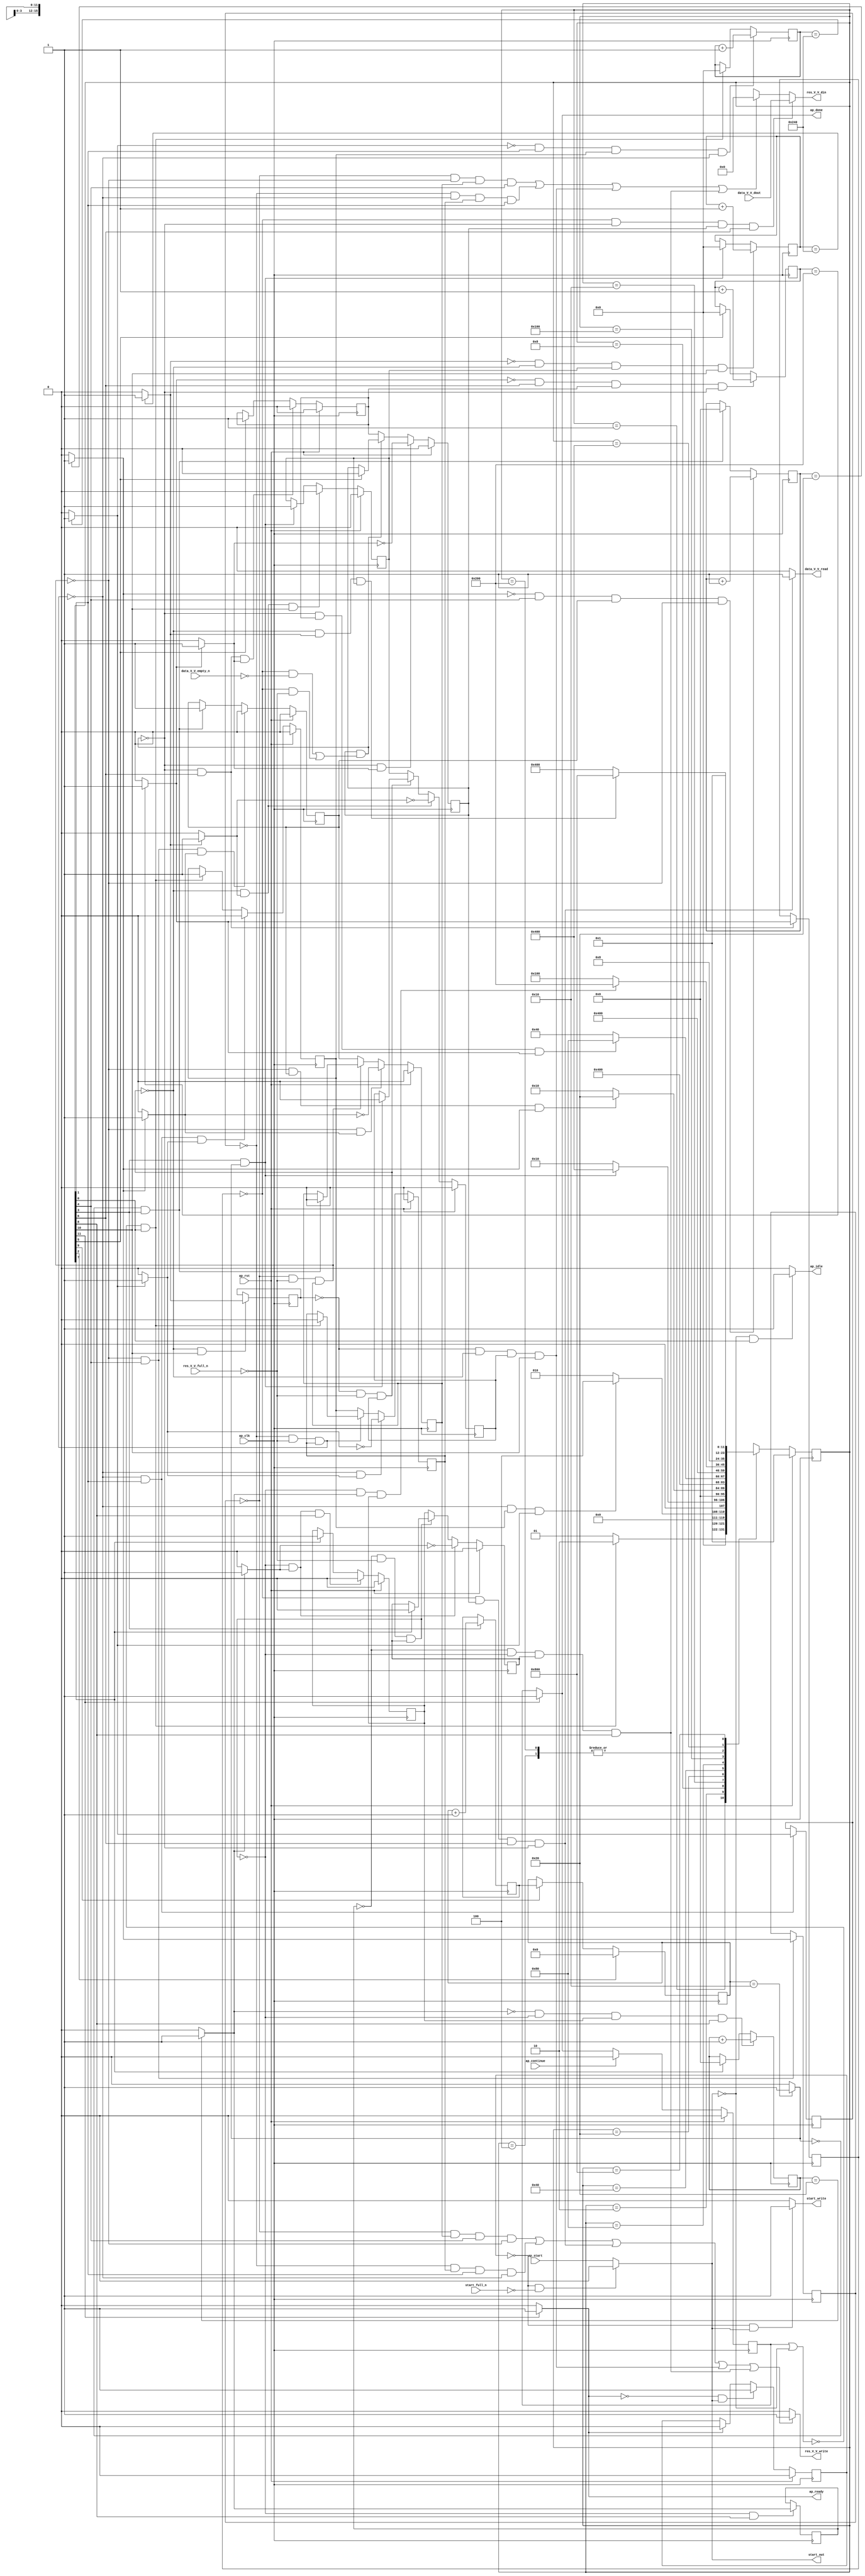
// ==============================================================
// RTL generated by Vivado(TM) HLS - High-Level Synthesis from C, C++ and OpenCL
// Version: 2019.2
// Copyright (C) 1986-2019 Xilinx, Inc. All Rights Reserved.
// 
// ===========================================================

`timescale 1 ns / 1 ps 

module zeropad2d_cl_ss_ap_fixed_ap_fixed_config22_s (
        ap_clk,
        ap_rst,
        ap_start,
        start_full_n,
        ap_done,
        ap_continue,
        ap_idle,
        ap_ready,
        start_out,
        start_write,
        data_V_V_dout,
        data_V_V_empty_n,
        data_V_V_read,
        res_V_V_din,
        res_V_V_full_n,
        res_V_V_write
);

parameter    ap_ST_fsm_state1 = 12'd1;
parameter    ap_ST_fsm_pp0_stage0 = 12'd2;
parameter    ap_ST_fsm_state4 = 12'd4;
parameter    ap_ST_fsm_state5 = 12'd8;
parameter    ap_ST_fsm_pp1_stage0 = 12'd16;
parameter    ap_ST_fsm_state8 = 12'd32;
parameter    ap_ST_fsm_pp2_stage0 = 12'd64;
parameter    ap_ST_fsm_state11 = 12'd128;
parameter    ap_ST_fsm_pp3_stage0 = 12'd256;
parameter    ap_ST_fsm_state14 = 12'd512;
parameter    ap_ST_fsm_pp4_stage0 = 12'd1024;
parameter    ap_ST_fsm_state17 = 12'd2048;

input   ap_clk;
input   ap_rst;
input   ap_start;
input   start_full_n;
output   ap_done;
input   ap_continue;
output   ap_idle;
output   ap_ready;
output   start_out;
output   start_write;
input  [15:0] data_V_V_dout;
input   data_V_V_empty_n;
output   data_V_V_read;
output  [15:0] res_V_V_din;
input   res_V_V_full_n;
output   res_V_V_write;

reg ap_done;
reg ap_idle;
reg start_write;
reg data_V_V_read;
reg[15:0] res_V_V_din;
reg res_V_V_write;

reg    real_start;
reg    start_once_reg;
reg    ap_done_reg;
(* fsm_encoding = "none" *) reg   [11:0] ap_CS_fsm;
wire    ap_CS_fsm_state1;
reg    internal_ap_ready;
reg    data_V_V_blk_n;
wire    ap_CS_fsm_pp2_stage0;
reg    ap_enable_reg_pp2_iter1;
wire    ap_block_pp2_stage0;
reg   [0:0] icmp_ln121_reg_288;
reg    res_V_V_blk_n;
wire    ap_CS_fsm_pp0_stage0;
reg    ap_enable_reg_pp0_iter1;
wire    ap_block_pp0_stage0;
reg   [0:0] icmp_ln112_reg_261;
wire    ap_CS_fsm_pp1_stage0;
reg    ap_enable_reg_pp1_iter1;
wire    ap_block_pp1_stage0;
reg   [0:0] icmp_ln24_reg_279;
wire    ap_CS_fsm_pp3_stage0;
reg    ap_enable_reg_pp3_iter1;
wire    ap_block_pp3_stage0;
reg   [0:0] icmp_ln24_2_reg_297;
wire    ap_CS_fsm_pp4_stage0;
reg    ap_enable_reg_pp4_iter1;
wire    ap_block_pp4_stage0;
reg   [0:0] icmp_ln130_reg_306;
reg   [9:0] indvar_flatten_reg_123;
reg   [5:0] c_0_i28_reg_145;
reg   [9:0] indvar_flatten11_reg_156;
reg   [5:0] c_0_i22_reg_167;
reg   [9:0] indvar_flatten23_reg_178;
wire   [0:0] icmp_ln112_fu_189_p2;
wire    ap_block_state2_pp0_stage0_iter0;
reg    ap_block_state3_pp0_stage0_iter1;
reg    ap_block_pp0_stage0_11001;
wire   [9:0] add_ln112_fu_195_p2;
reg    ap_enable_reg_pp0_iter0;
wire   [0:0] icmp_ln117_fu_201_p2;
wire    ap_CS_fsm_state5;
wire   [4:0] i_fu_207_p2;
reg   [4:0] i_reg_274;
wire   [0:0] icmp_ln24_fu_213_p2;
wire    ap_block_state6_pp1_stage0_iter0;
reg    ap_block_state7_pp1_stage0_iter1;
reg    ap_block_pp1_stage0_11001;
wire   [5:0] c_fu_219_p2;
reg    ap_enable_reg_pp1_iter0;
wire   [0:0] icmp_ln121_fu_225_p2;
wire    ap_block_state9_pp2_stage0_iter0;
reg    ap_block_state10_pp2_stage0_iter1;
reg    ap_block_pp2_stage0_11001;
wire   [9:0] add_ln121_fu_231_p2;
reg    ap_enable_reg_pp2_iter0;
wire   [0:0] icmp_ln24_2_fu_237_p2;
wire    ap_block_state12_pp3_stage0_iter0;
reg    ap_block_state13_pp3_stage0_iter1;
reg    ap_block_pp3_stage0_11001;
wire   [5:0] c_2_fu_243_p2;
reg    ap_enable_reg_pp3_iter0;
wire   [0:0] icmp_ln130_fu_249_p2;
wire    ap_block_state15_pp4_stage0_iter0;
reg    ap_block_state16_pp4_stage0_iter1;
reg    ap_block_pp4_stage0_11001;
wire   [9:0] add_ln130_fu_255_p2;
reg    ap_enable_reg_pp4_iter0;
reg    ap_block_state1;
reg    ap_block_pp0_stage0_subdone;
reg    ap_condition_pp0_exit_iter0_state2;
reg    ap_block_pp1_stage0_subdone;
reg    ap_condition_pp1_exit_iter0_state6;
wire    ap_CS_fsm_state8;
reg    ap_block_pp2_stage0_subdone;
reg    ap_condition_pp2_exit_iter0_state9;
wire    ap_CS_fsm_state11;
reg    ap_block_pp3_stage0_subdone;
reg    ap_condition_pp3_exit_iter0_state12;
reg    ap_block_pp4_stage0_subdone;
reg    ap_condition_pp4_exit_iter0_state15;
reg   [4:0] i1_0_reg_134;
wire    ap_CS_fsm_state14;
wire    ap_CS_fsm_state4;
reg    ap_block_pp0_stage0_01001;
reg    ap_block_pp1_stage0_01001;
reg    ap_block_pp2_stage0_01001;
reg    ap_block_pp3_stage0_01001;
reg    ap_block_pp4_stage0_01001;
wire    ap_CS_fsm_state17;
reg   [11:0] ap_NS_fsm;
reg    ap_idle_pp0;
wire    ap_enable_pp0;
reg    ap_idle_pp1;
wire    ap_enable_pp1;
reg    ap_idle_pp2;
wire    ap_enable_pp2;
reg    ap_idle_pp3;
wire    ap_enable_pp3;
reg    ap_idle_pp4;
wire    ap_enable_pp4;

// power-on initialization
initial begin
#0 start_once_reg = 1'b0;
#0 ap_done_reg = 1'b0;
#0 ap_CS_fsm = 12'd1;
#0 ap_enable_reg_pp2_iter1 = 1'b0;
#0 ap_enable_reg_pp0_iter1 = 1'b0;
#0 ap_enable_reg_pp1_iter1 = 1'b0;
#0 ap_enable_reg_pp3_iter1 = 1'b0;
#0 ap_enable_reg_pp4_iter1 = 1'b0;
#0 ap_enable_reg_pp0_iter0 = 1'b0;
#0 ap_enable_reg_pp1_iter0 = 1'b0;
#0 ap_enable_reg_pp2_iter0 = 1'b0;
#0 ap_enable_reg_pp3_iter0 = 1'b0;
#0 ap_enable_reg_pp4_iter0 = 1'b0;
end

always @ (posedge ap_clk) begin
    if (ap_rst == 1'b1) begin
        ap_CS_fsm <= ap_ST_fsm_state1;
    end else begin
        ap_CS_fsm <= ap_NS_fsm;
    end
end

always @ (posedge ap_clk) begin
    if (ap_rst == 1'b1) begin
        ap_done_reg <= 1'b0;
    end else begin
        if ((ap_continue == 1'b1)) begin
            ap_done_reg <= 1'b0;
        end else if ((1'b1 == ap_CS_fsm_state17)) begin
            ap_done_reg <= 1'b1;
        end
    end
end

always @ (posedge ap_clk) begin
    if (ap_rst == 1'b1) begin
        ap_enable_reg_pp0_iter0 <= 1'b0;
    end else begin
        if (((1'b0 == ap_block_pp0_stage0_subdone) & (1'b1 == ap_CS_fsm_pp0_stage0) & (1'b1 == ap_condition_pp0_exit_iter0_state2))) begin
            ap_enable_reg_pp0_iter0 <= 1'b0;
        end else if ((~((ap_done_reg == 1'b1) | (real_start == 1'b0)) & (1'b1 == ap_CS_fsm_state1))) begin
            ap_enable_reg_pp0_iter0 <= 1'b1;
        end
    end
end

always @ (posedge ap_clk) begin
    if (ap_rst == 1'b1) begin
        ap_enable_reg_pp0_iter1 <= 1'b0;
    end else begin
        if (((1'b0 == ap_block_pp0_stage0_subdone) & (1'b1 == ap_condition_pp0_exit_iter0_state2))) begin
            ap_enable_reg_pp0_iter1 <= (1'b1 ^ ap_condition_pp0_exit_iter0_state2);
        end else if ((1'b0 == ap_block_pp0_stage0_subdone)) begin
            ap_enable_reg_pp0_iter1 <= ap_enable_reg_pp0_iter0;
        end else if ((~((ap_done_reg == 1'b1) | (real_start == 1'b0)) & (1'b1 == ap_CS_fsm_state1))) begin
            ap_enable_reg_pp0_iter1 <= 1'b0;
        end
    end
end

always @ (posedge ap_clk) begin
    if (ap_rst == 1'b1) begin
        ap_enable_reg_pp1_iter0 <= 1'b0;
    end else begin
        if (((1'b0 == ap_block_pp1_stage0_subdone) & (1'b1 == ap_CS_fsm_pp1_stage0) & (1'b1 == ap_condition_pp1_exit_iter0_state6))) begin
            ap_enable_reg_pp1_iter0 <= 1'b0;
        end else if (((icmp_ln117_fu_201_p2 == 1'd0) & (1'b1 == ap_CS_fsm_state5))) begin
            ap_enable_reg_pp1_iter0 <= 1'b1;
        end
    end
end

always @ (posedge ap_clk) begin
    if (ap_rst == 1'b1) begin
        ap_enable_reg_pp1_iter1 <= 1'b0;
    end else begin
        if (((1'b0 == ap_block_pp1_stage0_subdone) & (1'b1 == ap_condition_pp1_exit_iter0_state6))) begin
            ap_enable_reg_pp1_iter1 <= (1'b1 ^ ap_condition_pp1_exit_iter0_state6);
        end else if ((1'b0 == ap_block_pp1_stage0_subdone)) begin
            ap_enable_reg_pp1_iter1 <= ap_enable_reg_pp1_iter0;
        end else if (((icmp_ln117_fu_201_p2 == 1'd0) & (1'b1 == ap_CS_fsm_state5))) begin
            ap_enable_reg_pp1_iter1 <= 1'b0;
        end
    end
end

always @ (posedge ap_clk) begin
    if (ap_rst == 1'b1) begin
        ap_enable_reg_pp2_iter0 <= 1'b0;
    end else begin
        if (((1'b0 == ap_block_pp2_stage0_subdone) & (1'b1 == ap_CS_fsm_pp2_stage0) & (1'b1 == ap_condition_pp2_exit_iter0_state9))) begin
            ap_enable_reg_pp2_iter0 <= 1'b0;
        end else if ((1'b1 == ap_CS_fsm_state8)) begin
            ap_enable_reg_pp2_iter0 <= 1'b1;
        end
    end
end

always @ (posedge ap_clk) begin
    if (ap_rst == 1'b1) begin
        ap_enable_reg_pp2_iter1 <= 1'b0;
    end else begin
        if (((1'b0 == ap_block_pp2_stage0_subdone) & (1'b1 == ap_condition_pp2_exit_iter0_state9))) begin
            ap_enable_reg_pp2_iter1 <= (1'b1 ^ ap_condition_pp2_exit_iter0_state9);
        end else if ((1'b0 == ap_block_pp2_stage0_subdone)) begin
            ap_enable_reg_pp2_iter1 <= ap_enable_reg_pp2_iter0;
        end else if ((1'b1 == ap_CS_fsm_state8)) begin
            ap_enable_reg_pp2_iter1 <= 1'b0;
        end
    end
end

always @ (posedge ap_clk) begin
    if (ap_rst == 1'b1) begin
        ap_enable_reg_pp3_iter0 <= 1'b0;
    end else begin
        if (((1'b0 == ap_block_pp3_stage0_subdone) & (1'b1 == ap_condition_pp3_exit_iter0_state12) & (1'b1 == ap_CS_fsm_pp3_stage0))) begin
            ap_enable_reg_pp3_iter0 <= 1'b0;
        end else if ((1'b1 == ap_CS_fsm_state11)) begin
            ap_enable_reg_pp3_iter0 <= 1'b1;
        end
    end
end

always @ (posedge ap_clk) begin
    if (ap_rst == 1'b1) begin
        ap_enable_reg_pp3_iter1 <= 1'b0;
    end else begin
        if (((1'b0 == ap_block_pp3_stage0_subdone) & (1'b1 == ap_condition_pp3_exit_iter0_state12))) begin
            ap_enable_reg_pp3_iter1 <= (1'b1 ^ ap_condition_pp3_exit_iter0_state12);
        end else if ((1'b0 == ap_block_pp3_stage0_subdone)) begin
            ap_enable_reg_pp3_iter1 <= ap_enable_reg_pp3_iter0;
        end else if ((1'b1 == ap_CS_fsm_state11)) begin
            ap_enable_reg_pp3_iter1 <= 1'b0;
        end
    end
end

always @ (posedge ap_clk) begin
    if (ap_rst == 1'b1) begin
        ap_enable_reg_pp4_iter0 <= 1'b0;
    end else begin
        if (((1'b0 == ap_block_pp4_stage0_subdone) & (1'b1 == ap_condition_pp4_exit_iter0_state15) & (1'b1 == ap_CS_fsm_pp4_stage0))) begin
            ap_enable_reg_pp4_iter0 <= 1'b0;
        end else if (((1'b1 == ap_CS_fsm_state5) & (icmp_ln117_fu_201_p2 == 1'd1))) begin
            ap_enable_reg_pp4_iter0 <= 1'b1;
        end
    end
end

always @ (posedge ap_clk) begin
    if (ap_rst == 1'b1) begin
        ap_enable_reg_pp4_iter1 <= 1'b0;
    end else begin
        if (((1'b0 == ap_block_pp4_stage0_subdone) & (1'b1 == ap_condition_pp4_exit_iter0_state15))) begin
            ap_enable_reg_pp4_iter1 <= (1'b1 ^ ap_condition_pp4_exit_iter0_state15);
        end else if ((1'b0 == ap_block_pp4_stage0_subdone)) begin
            ap_enable_reg_pp4_iter1 <= ap_enable_reg_pp4_iter0;
        end else if (((1'b1 == ap_CS_fsm_state5) & (icmp_ln117_fu_201_p2 == 1'd1))) begin
            ap_enable_reg_pp4_iter1 <= 1'b0;
        end
    end
end

always @ (posedge ap_clk) begin
    if (ap_rst == 1'b1) begin
        start_once_reg <= 1'b0;
    end else begin
        if (((internal_ap_ready == 1'b0) & (real_start == 1'b1))) begin
            start_once_reg <= 1'b1;
        end else if ((internal_ap_ready == 1'b1)) begin
            start_once_reg <= 1'b0;
        end
    end
end

always @ (posedge ap_clk) begin
    if (((icmp_ln24_2_fu_237_p2 == 1'd0) & (1'b0 == ap_block_pp3_stage0_11001) & (ap_enable_reg_pp3_iter0 == 1'b1) & (1'b1 == ap_CS_fsm_pp3_stage0))) begin
        c_0_i22_reg_167 <= c_2_fu_243_p2;
    end else if ((1'b1 == ap_CS_fsm_state11)) begin
        c_0_i22_reg_167 <= 6'd0;
    end
end

always @ (posedge ap_clk) begin
    if (((icmp_ln24_fu_213_p2 == 1'd0) & (1'b1 == ap_CS_fsm_pp1_stage0) & (ap_enable_reg_pp1_iter0 == 1'b1) & (1'b0 == ap_block_pp1_stage0_11001))) begin
        c_0_i28_reg_145 <= c_fu_219_p2;
    end else if (((icmp_ln117_fu_201_p2 == 1'd0) & (1'b1 == ap_CS_fsm_state5))) begin
        c_0_i28_reg_145 <= 6'd0;
    end
end

always @ (posedge ap_clk) begin
    if ((1'b1 == ap_CS_fsm_state4)) begin
        i1_0_reg_134 <= 5'd0;
    end else if ((1'b1 == ap_CS_fsm_state14)) begin
        i1_0_reg_134 <= i_reg_274;
    end
end

always @ (posedge ap_clk) begin
    if (((icmp_ln121_fu_225_p2 == 1'd0) & (1'b1 == ap_CS_fsm_pp2_stage0) & (ap_enable_reg_pp2_iter0 == 1'b1) & (1'b0 == ap_block_pp2_stage0_11001))) begin
        indvar_flatten11_reg_156 <= add_ln121_fu_231_p2;
    end else if ((1'b1 == ap_CS_fsm_state8)) begin
        indvar_flatten11_reg_156 <= 10'd0;
    end
end

always @ (posedge ap_clk) begin
    if (((icmp_ln130_fu_249_p2 == 1'd0) & (1'b0 == ap_block_pp4_stage0_11001) & (ap_enable_reg_pp4_iter0 == 1'b1) & (1'b1 == ap_CS_fsm_pp4_stage0))) begin
        indvar_flatten23_reg_178 <= add_ln130_fu_255_p2;
    end else if (((1'b1 == ap_CS_fsm_state5) & (icmp_ln117_fu_201_p2 == 1'd1))) begin
        indvar_flatten23_reg_178 <= 10'd0;
    end
end

always @ (posedge ap_clk) begin
    if (((icmp_ln112_fu_189_p2 == 1'd0) & (1'b1 == ap_CS_fsm_pp0_stage0) & (ap_enable_reg_pp0_iter0 == 1'b1) & (1'b0 == ap_block_pp0_stage0_11001))) begin
        indvar_flatten_reg_123 <= add_ln112_fu_195_p2;
    end else if ((~((ap_done_reg == 1'b1) | (real_start == 1'b0)) & (1'b1 == ap_CS_fsm_state1))) begin
        indvar_flatten_reg_123 <= 10'd0;
    end
end

always @ (posedge ap_clk) begin
    if ((1'b1 == ap_CS_fsm_state5)) begin
        i_reg_274 <= i_fu_207_p2;
    end
end

always @ (posedge ap_clk) begin
    if (((1'b1 == ap_CS_fsm_pp0_stage0) & (1'b0 == ap_block_pp0_stage0_11001))) begin
        icmp_ln112_reg_261 <= icmp_ln112_fu_189_p2;
    end
end

always @ (posedge ap_clk) begin
    if (((1'b1 == ap_CS_fsm_pp2_stage0) & (1'b0 == ap_block_pp2_stage0_11001))) begin
        icmp_ln121_reg_288 <= icmp_ln121_fu_225_p2;
    end
end

always @ (posedge ap_clk) begin
    if (((1'b0 == ap_block_pp4_stage0_11001) & (1'b1 == ap_CS_fsm_pp4_stage0))) begin
        icmp_ln130_reg_306 <= icmp_ln130_fu_249_p2;
    end
end

always @ (posedge ap_clk) begin
    if (((1'b0 == ap_block_pp3_stage0_11001) & (1'b1 == ap_CS_fsm_pp3_stage0))) begin
        icmp_ln24_2_reg_297 <= icmp_ln24_2_fu_237_p2;
    end
end

always @ (posedge ap_clk) begin
    if (((1'b1 == ap_CS_fsm_pp1_stage0) & (1'b0 == ap_block_pp1_stage0_11001))) begin
        icmp_ln24_reg_279 <= icmp_ln24_fu_213_p2;
    end
end

always @ (*) begin
    if ((icmp_ln112_fu_189_p2 == 1'd1)) begin
        ap_condition_pp0_exit_iter0_state2 = 1'b1;
    end else begin
        ap_condition_pp0_exit_iter0_state2 = 1'b0;
    end
end

always @ (*) begin
    if ((icmp_ln24_fu_213_p2 == 1'd1)) begin
        ap_condition_pp1_exit_iter0_state6 = 1'b1;
    end else begin
        ap_condition_pp1_exit_iter0_state6 = 1'b0;
    end
end

always @ (*) begin
    if ((icmp_ln121_fu_225_p2 == 1'd1)) begin
        ap_condition_pp2_exit_iter0_state9 = 1'b1;
    end else begin
        ap_condition_pp2_exit_iter0_state9 = 1'b0;
    end
end

always @ (*) begin
    if ((icmp_ln24_2_fu_237_p2 == 1'd1)) begin
        ap_condition_pp3_exit_iter0_state12 = 1'b1;
    end else begin
        ap_condition_pp3_exit_iter0_state12 = 1'b0;
    end
end

always @ (*) begin
    if ((icmp_ln130_fu_249_p2 == 1'd1)) begin
        ap_condition_pp4_exit_iter0_state15 = 1'b1;
    end else begin
        ap_condition_pp4_exit_iter0_state15 = 1'b0;
    end
end

always @ (*) begin
    if ((1'b1 == ap_CS_fsm_state17)) begin
        ap_done = 1'b1;
    end else begin
        ap_done = ap_done_reg;
    end
end

always @ (*) begin
    if (((real_start == 1'b0) & (1'b1 == ap_CS_fsm_state1))) begin
        ap_idle = 1'b1;
    end else begin
        ap_idle = 1'b0;
    end
end

always @ (*) begin
    if (((ap_enable_reg_pp0_iter1 == 1'b0) & (ap_enable_reg_pp0_iter0 == 1'b0))) begin
        ap_idle_pp0 = 1'b1;
    end else begin
        ap_idle_pp0 = 1'b0;
    end
end

always @ (*) begin
    if (((ap_enable_reg_pp1_iter1 == 1'b0) & (ap_enable_reg_pp1_iter0 == 1'b0))) begin
        ap_idle_pp1 = 1'b1;
    end else begin
        ap_idle_pp1 = 1'b0;
    end
end

always @ (*) begin
    if (((ap_enable_reg_pp2_iter1 == 1'b0) & (ap_enable_reg_pp2_iter0 == 1'b0))) begin
        ap_idle_pp2 = 1'b1;
    end else begin
        ap_idle_pp2 = 1'b0;
    end
end

always @ (*) begin
    if (((ap_enable_reg_pp3_iter0 == 1'b0) & (ap_enable_reg_pp3_iter1 == 1'b0))) begin
        ap_idle_pp3 = 1'b1;
    end else begin
        ap_idle_pp3 = 1'b0;
    end
end

always @ (*) begin
    if (((ap_enable_reg_pp4_iter0 == 1'b0) & (ap_enable_reg_pp4_iter1 == 1'b0))) begin
        ap_idle_pp4 = 1'b1;
    end else begin
        ap_idle_pp4 = 1'b0;
    end
end

always @ (*) begin
    if (((icmp_ln121_reg_288 == 1'd0) & (1'b0 == ap_block_pp2_stage0) & (ap_enable_reg_pp2_iter1 == 1'b1) & (1'b1 == ap_CS_fsm_pp2_stage0))) begin
        data_V_V_blk_n = data_V_V_empty_n;
    end else begin
        data_V_V_blk_n = 1'b1;
    end
end

always @ (*) begin
    if (((icmp_ln121_reg_288 == 1'd0) & (ap_enable_reg_pp2_iter1 == 1'b1) & (1'b1 == ap_CS_fsm_pp2_stage0) & (1'b0 == ap_block_pp2_stage0_11001))) begin
        data_V_V_read = 1'b1;
    end else begin
        data_V_V_read = 1'b0;
    end
end

always @ (*) begin
    if ((1'b1 == ap_CS_fsm_state17)) begin
        internal_ap_ready = 1'b1;
    end else begin
        internal_ap_ready = 1'b0;
    end
end

always @ (*) begin
    if (((start_once_reg == 1'b0) & (start_full_n == 1'b0))) begin
        real_start = 1'b0;
    end else begin
        real_start = ap_start;
    end
end

always @ (*) begin
    if ((((1'b0 == ap_block_pp1_stage0) & (icmp_ln24_reg_279 == 1'd0) & (ap_enable_reg_pp1_iter1 == 1'b1) & (1'b1 == ap_CS_fsm_pp1_stage0)) | ((1'b0 == ap_block_pp0_stage0) & (icmp_ln112_reg_261 == 1'd0) & (ap_enable_reg_pp0_iter1 == 1'b1) & (1'b1 == ap_CS_fsm_pp0_stage0)) | ((icmp_ln121_reg_288 == 1'd0) & (1'b0 == ap_block_pp2_stage0) & (ap_enable_reg_pp2_iter1 == 1'b1) & (1'b1 == ap_CS_fsm_pp2_stage0)) | ((icmp_ln130_reg_306 == 1'd0) & (ap_enable_reg_pp4_iter1 == 1'b1) & (1'b1 == ap_CS_fsm_pp4_stage0) & (1'b0 == ap_block_pp4_stage0)) | ((icmp_ln24_2_reg_297 == 1'd0) & (ap_enable_reg_pp3_iter1 == 1'b1) & (1'b1 == ap_CS_fsm_pp3_stage0) & (1'b0 == ap_block_pp3_stage0)))) begin
        res_V_V_blk_n = res_V_V_full_n;
    end else begin
        res_V_V_blk_n = 1'b1;
    end
end

always @ (*) begin
    if (((icmp_ln121_reg_288 == 1'd0) & (1'b0 == ap_block_pp2_stage0_01001) & (ap_enable_reg_pp2_iter1 == 1'b1) & (1'b1 == ap_CS_fsm_pp2_stage0))) begin
        res_V_V_din = data_V_V_dout;
    end else if ((((icmp_ln24_reg_279 == 1'd0) & (1'b0 == ap_block_pp1_stage0_01001) & (ap_enable_reg_pp1_iter1 == 1'b1) & (1'b1 == ap_CS_fsm_pp1_stage0)) | ((icmp_ln112_reg_261 == 1'd0) & (1'b0 == ap_block_pp0_stage0_01001) & (ap_enable_reg_pp0_iter1 == 1'b1) & (1'b1 == ap_CS_fsm_pp0_stage0)) | ((icmp_ln130_reg_306 == 1'd0) & (1'b0 == ap_block_pp4_stage0_01001) & (ap_enable_reg_pp4_iter1 == 1'b1) & (1'b1 == ap_CS_fsm_pp4_stage0)) | ((icmp_ln24_2_reg_297 == 1'd0) & (1'b0 == ap_block_pp3_stage0_01001) & (ap_enable_reg_pp3_iter1 == 1'b1) & (1'b1 == ap_CS_fsm_pp3_stage0)))) begin
        res_V_V_din = 16'd0;
    end else begin
        res_V_V_din = 'bx;
    end
end

always @ (*) begin
    if ((((icmp_ln24_reg_279 == 1'd0) & (ap_enable_reg_pp1_iter1 == 1'b1) & (1'b1 == ap_CS_fsm_pp1_stage0) & (1'b0 == ap_block_pp1_stage0_11001)) | ((icmp_ln112_reg_261 == 1'd0) & (ap_enable_reg_pp0_iter1 == 1'b1) & (1'b1 == ap_CS_fsm_pp0_stage0) & (1'b0 == ap_block_pp0_stage0_11001)) | ((icmp_ln121_reg_288 == 1'd0) & (ap_enable_reg_pp2_iter1 == 1'b1) & (1'b1 == ap_CS_fsm_pp2_stage0) & (1'b0 == ap_block_pp2_stage0_11001)) | ((icmp_ln130_reg_306 == 1'd0) & (1'b0 == ap_block_pp4_stage0_11001) & (ap_enable_reg_pp4_iter1 == 1'b1) & (1'b1 == ap_CS_fsm_pp4_stage0)) | ((icmp_ln24_2_reg_297 == 1'd0) & (1'b0 == ap_block_pp3_stage0_11001) & (ap_enable_reg_pp3_iter1 == 1'b1) & (1'b1 == ap_CS_fsm_pp3_stage0)))) begin
        res_V_V_write = 1'b1;
    end else begin
        res_V_V_write = 1'b0;
    end
end

always @ (*) begin
    if (((start_once_reg == 1'b0) & (real_start == 1'b1))) begin
        start_write = 1'b1;
    end else begin
        start_write = 1'b0;
    end
end

always @ (*) begin
    case (ap_CS_fsm)
        ap_ST_fsm_state1 : begin
            if ((~((ap_done_reg == 1'b1) | (real_start == 1'b0)) & (1'b1 == ap_CS_fsm_state1))) begin
                ap_NS_fsm = ap_ST_fsm_pp0_stage0;
            end else begin
                ap_NS_fsm = ap_ST_fsm_state1;
            end
        end
        ap_ST_fsm_pp0_stage0 : begin
            if (~((1'b0 == ap_block_pp0_stage0_subdone) & (ap_enable_reg_pp0_iter0 == 1'b1) & (icmp_ln112_fu_189_p2 == 1'd1))) begin
                ap_NS_fsm = ap_ST_fsm_pp0_stage0;
            end else if (((1'b0 == ap_block_pp0_stage0_subdone) & (ap_enable_reg_pp0_iter0 == 1'b1) & (icmp_ln112_fu_189_p2 == 1'd1))) begin
                ap_NS_fsm = ap_ST_fsm_state4;
            end else begin
                ap_NS_fsm = ap_ST_fsm_pp0_stage0;
            end
        end
        ap_ST_fsm_state4 : begin
            ap_NS_fsm = ap_ST_fsm_state5;
        end
        ap_ST_fsm_state5 : begin
            if (((1'b1 == ap_CS_fsm_state5) & (icmp_ln117_fu_201_p2 == 1'd1))) begin
                ap_NS_fsm = ap_ST_fsm_pp4_stage0;
            end else begin
                ap_NS_fsm = ap_ST_fsm_pp1_stage0;
            end
        end
        ap_ST_fsm_pp1_stage0 : begin
            if (~((1'b0 == ap_block_pp1_stage0_subdone) & (ap_enable_reg_pp1_iter0 == 1'b1) & (icmp_ln24_fu_213_p2 == 1'd1))) begin
                ap_NS_fsm = ap_ST_fsm_pp1_stage0;
            end else if (((1'b0 == ap_block_pp1_stage0_subdone) & (ap_enable_reg_pp1_iter0 == 1'b1) & (icmp_ln24_fu_213_p2 == 1'd1))) begin
                ap_NS_fsm = ap_ST_fsm_state8;
            end else begin
                ap_NS_fsm = ap_ST_fsm_pp1_stage0;
            end
        end
        ap_ST_fsm_state8 : begin
            ap_NS_fsm = ap_ST_fsm_pp2_stage0;
        end
        ap_ST_fsm_pp2_stage0 : begin
            if (~((1'b0 == ap_block_pp2_stage0_subdone) & (ap_enable_reg_pp2_iter0 == 1'b1) & (icmp_ln121_fu_225_p2 == 1'd1))) begin
                ap_NS_fsm = ap_ST_fsm_pp2_stage0;
            end else if (((1'b0 == ap_block_pp2_stage0_subdone) & (ap_enable_reg_pp2_iter0 == 1'b1) & (icmp_ln121_fu_225_p2 == 1'd1))) begin
                ap_NS_fsm = ap_ST_fsm_state11;
            end else begin
                ap_NS_fsm = ap_ST_fsm_pp2_stage0;
            end
        end
        ap_ST_fsm_state11 : begin
            ap_NS_fsm = ap_ST_fsm_pp3_stage0;
        end
        ap_ST_fsm_pp3_stage0 : begin
            if (~((1'b0 == ap_block_pp3_stage0_subdone) & (icmp_ln24_2_fu_237_p2 == 1'd1) & (ap_enable_reg_pp3_iter0 == 1'b1))) begin
                ap_NS_fsm = ap_ST_fsm_pp3_stage0;
            end else if (((1'b0 == ap_block_pp3_stage0_subdone) & (icmp_ln24_2_fu_237_p2 == 1'd1) & (ap_enable_reg_pp3_iter0 == 1'b1))) begin
                ap_NS_fsm = ap_ST_fsm_state14;
            end else begin
                ap_NS_fsm = ap_ST_fsm_pp3_stage0;
            end
        end
        ap_ST_fsm_state14 : begin
            ap_NS_fsm = ap_ST_fsm_state5;
        end
        ap_ST_fsm_pp4_stage0 : begin
            if (~((1'b0 == ap_block_pp4_stage0_subdone) & (icmp_ln130_fu_249_p2 == 1'd1) & (ap_enable_reg_pp4_iter0 == 1'b1))) begin
                ap_NS_fsm = ap_ST_fsm_pp4_stage0;
            end else if (((1'b0 == ap_block_pp4_stage0_subdone) & (icmp_ln130_fu_249_p2 == 1'd1) & (ap_enable_reg_pp4_iter0 == 1'b1))) begin
                ap_NS_fsm = ap_ST_fsm_state17;
            end else begin
                ap_NS_fsm = ap_ST_fsm_pp4_stage0;
            end
        end
        ap_ST_fsm_state17 : begin
            ap_NS_fsm = ap_ST_fsm_state1;
        end
        default : begin
            ap_NS_fsm = 'bx;
        end
    endcase
end

assign add_ln112_fu_195_p2 = (indvar_flatten_reg_123 + 10'd1);

assign add_ln121_fu_231_p2 = (indvar_flatten11_reg_156 + 10'd1);

assign add_ln130_fu_255_p2 = (indvar_flatten23_reg_178 + 10'd1);

assign ap_CS_fsm_pp0_stage0 = ap_CS_fsm[32'd1];

assign ap_CS_fsm_pp1_stage0 = ap_CS_fsm[32'd4];

assign ap_CS_fsm_pp2_stage0 = ap_CS_fsm[32'd6];

assign ap_CS_fsm_pp3_stage0 = ap_CS_fsm[32'd8];

assign ap_CS_fsm_pp4_stage0 = ap_CS_fsm[32'd10];

assign ap_CS_fsm_state1 = ap_CS_fsm[32'd0];

assign ap_CS_fsm_state11 = ap_CS_fsm[32'd7];

assign ap_CS_fsm_state14 = ap_CS_fsm[32'd9];

assign ap_CS_fsm_state17 = ap_CS_fsm[32'd11];

assign ap_CS_fsm_state4 = ap_CS_fsm[32'd2];

assign ap_CS_fsm_state5 = ap_CS_fsm[32'd3];

assign ap_CS_fsm_state8 = ap_CS_fsm[32'd5];

assign ap_block_pp0_stage0 = ~(1'b1 == 1'b1);

always @ (*) begin
    ap_block_pp0_stage0_01001 = ((icmp_ln112_reg_261 == 1'd0) & (res_V_V_full_n == 1'b0) & (ap_enable_reg_pp0_iter1 == 1'b1));
end

always @ (*) begin
    ap_block_pp0_stage0_11001 = ((icmp_ln112_reg_261 == 1'd0) & (res_V_V_full_n == 1'b0) & (ap_enable_reg_pp0_iter1 == 1'b1));
end

always @ (*) begin
    ap_block_pp0_stage0_subdone = ((icmp_ln112_reg_261 == 1'd0) & (res_V_V_full_n == 1'b0) & (ap_enable_reg_pp0_iter1 == 1'b1));
end

assign ap_block_pp1_stage0 = ~(1'b1 == 1'b1);

always @ (*) begin
    ap_block_pp1_stage0_01001 = ((icmp_ln24_reg_279 == 1'd0) & (res_V_V_full_n == 1'b0) & (ap_enable_reg_pp1_iter1 == 1'b1));
end

always @ (*) begin
    ap_block_pp1_stage0_11001 = ((icmp_ln24_reg_279 == 1'd0) & (res_V_V_full_n == 1'b0) & (ap_enable_reg_pp1_iter1 == 1'b1));
end

always @ (*) begin
    ap_block_pp1_stage0_subdone = ((icmp_ln24_reg_279 == 1'd0) & (res_V_V_full_n == 1'b0) & (ap_enable_reg_pp1_iter1 == 1'b1));
end

assign ap_block_pp2_stage0 = ~(1'b1 == 1'b1);

always @ (*) begin
    ap_block_pp2_stage0_01001 = ((ap_enable_reg_pp2_iter1 == 1'b1) & (((icmp_ln121_reg_288 == 1'd0) & (data_V_V_empty_n == 1'b0)) | ((icmp_ln121_reg_288 == 1'd0) & (res_V_V_full_n == 1'b0))));
end

always @ (*) begin
    ap_block_pp2_stage0_11001 = ((ap_enable_reg_pp2_iter1 == 1'b1) & (((icmp_ln121_reg_288 == 1'd0) & (data_V_V_empty_n == 1'b0)) | ((icmp_ln121_reg_288 == 1'd0) & (res_V_V_full_n == 1'b0))));
end

always @ (*) begin
    ap_block_pp2_stage0_subdone = ((ap_enable_reg_pp2_iter1 == 1'b1) & (((icmp_ln121_reg_288 == 1'd0) & (data_V_V_empty_n == 1'b0)) | ((icmp_ln121_reg_288 == 1'd0) & (res_V_V_full_n == 1'b0))));
end

assign ap_block_pp3_stage0 = ~(1'b1 == 1'b1);

always @ (*) begin
    ap_block_pp3_stage0_01001 = ((icmp_ln24_2_reg_297 == 1'd0) & (res_V_V_full_n == 1'b0) & (ap_enable_reg_pp3_iter1 == 1'b1));
end

always @ (*) begin
    ap_block_pp3_stage0_11001 = ((icmp_ln24_2_reg_297 == 1'd0) & (res_V_V_full_n == 1'b0) & (ap_enable_reg_pp3_iter1 == 1'b1));
end

always @ (*) begin
    ap_block_pp3_stage0_subdone = ((icmp_ln24_2_reg_297 == 1'd0) & (res_V_V_full_n == 1'b0) & (ap_enable_reg_pp3_iter1 == 1'b1));
end

assign ap_block_pp4_stage0 = ~(1'b1 == 1'b1);

always @ (*) begin
    ap_block_pp4_stage0_01001 = ((icmp_ln130_reg_306 == 1'd0) & (res_V_V_full_n == 1'b0) & (ap_enable_reg_pp4_iter1 == 1'b1));
end

always @ (*) begin
    ap_block_pp4_stage0_11001 = ((icmp_ln130_reg_306 == 1'd0) & (res_V_V_full_n == 1'b0) & (ap_enable_reg_pp4_iter1 == 1'b1));
end

always @ (*) begin
    ap_block_pp4_stage0_subdone = ((icmp_ln130_reg_306 == 1'd0) & (res_V_V_full_n == 1'b0) & (ap_enable_reg_pp4_iter1 == 1'b1));
end

always @ (*) begin
    ap_block_state1 = ((ap_done_reg == 1'b1) | (real_start == 1'b0));
end

always @ (*) begin
    ap_block_state10_pp2_stage0_iter1 = (((icmp_ln121_reg_288 == 1'd0) & (data_V_V_empty_n == 1'b0)) | ((icmp_ln121_reg_288 == 1'd0) & (res_V_V_full_n == 1'b0)));
end

assign ap_block_state12_pp3_stage0_iter0 = ~(1'b1 == 1'b1);

always @ (*) begin
    ap_block_state13_pp3_stage0_iter1 = ((icmp_ln24_2_reg_297 == 1'd0) & (res_V_V_full_n == 1'b0));
end

assign ap_block_state15_pp4_stage0_iter0 = ~(1'b1 == 1'b1);

always @ (*) begin
    ap_block_state16_pp4_stage0_iter1 = ((icmp_ln130_reg_306 == 1'd0) & (res_V_V_full_n == 1'b0));
end

assign ap_block_state2_pp0_stage0_iter0 = ~(1'b1 == 1'b1);

always @ (*) begin
    ap_block_state3_pp0_stage0_iter1 = ((icmp_ln112_reg_261 == 1'd0) & (res_V_V_full_n == 1'b0));
end

assign ap_block_state6_pp1_stage0_iter0 = ~(1'b1 == 1'b1);

always @ (*) begin
    ap_block_state7_pp1_stage0_iter1 = ((icmp_ln24_reg_279 == 1'd0) & (res_V_V_full_n == 1'b0));
end

assign ap_block_state9_pp2_stage0_iter0 = ~(1'b1 == 1'b1);

assign ap_enable_pp0 = (ap_idle_pp0 ^ 1'b1);

assign ap_enable_pp1 = (ap_idle_pp1 ^ 1'b1);

assign ap_enable_pp2 = (ap_idle_pp2 ^ 1'b1);

assign ap_enable_pp3 = (ap_idle_pp3 ^ 1'b1);

assign ap_enable_pp4 = (ap_idle_pp4 ^ 1'b1);

assign ap_ready = internal_ap_ready;

assign c_2_fu_243_p2 = (c_0_i22_reg_167 + 6'd1);

assign c_fu_219_p2 = (c_0_i28_reg_145 + 6'd1);

assign i_fu_207_p2 = (i1_0_reg_134 + 5'd1);

assign icmp_ln112_fu_189_p2 = ((indvar_flatten_reg_123 == 10'd576) ? 1'b1 : 1'b0);

assign icmp_ln117_fu_201_p2 = ((i1_0_reg_134 == 5'd16) ? 1'b1 : 1'b0);

assign icmp_ln121_fu_225_p2 = ((indvar_flatten11_reg_156 == 10'd512) ? 1'b1 : 1'b0);

assign icmp_ln130_fu_249_p2 = ((indvar_flatten23_reg_178 == 10'd576) ? 1'b1 : 1'b0);

assign icmp_ln24_2_fu_237_p2 = ((c_0_i22_reg_167 == 6'd32) ? 1'b1 : 1'b0);

assign icmp_ln24_fu_213_p2 = ((c_0_i28_reg_145 == 6'd32) ? 1'b1 : 1'b0);

assign start_out = real_start;

endmodule //zeropad2d_cl_ss_ap_fixed_ap_fixed_config22_s